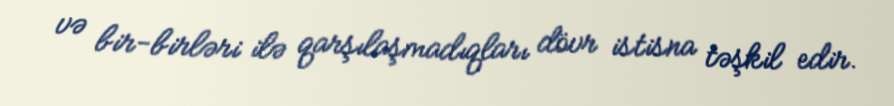
və bir-birləri ilə qarşılaşmadıqları dövr istisna təşkil edir.